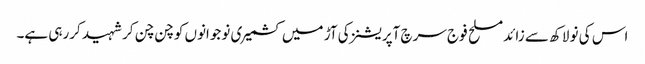
اس کی نو لاکھ سے زائد مسلح فوج سرچ آپریشنز کی آڑ میں کشمیری نوجوانوں کو چن چن کر شہید کررہی ہے۔